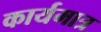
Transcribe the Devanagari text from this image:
कार्यमात्र